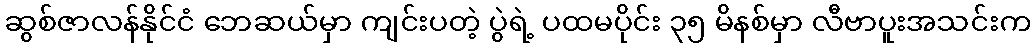
ဆွစ်ဇာလန်နိုင်ငံ ဘေဆယ်မှာ ကျင်းပတဲ့ ပွဲရဲ့ ပထမပိုင်း ၃၅ မိနစ်မှာ လီဗာပူးအသင်းက